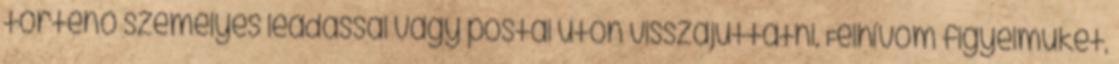
történő személyes leadással vagy postai úton visszajuttatni. Felhívom figyelmüket,